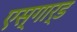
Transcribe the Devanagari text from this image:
एस्गार्ड